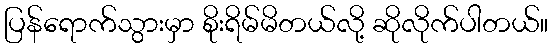
ပြန်ရောက်သွားမှာ စိုးရိမ်မိတယ်လို့ ဆိုလိုက်ပါတယ်။